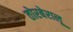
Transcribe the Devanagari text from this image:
तोरबेरालू